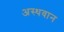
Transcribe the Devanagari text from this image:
अस्थवान